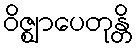
ဝိဇ္ဈာပေတုန္တိ